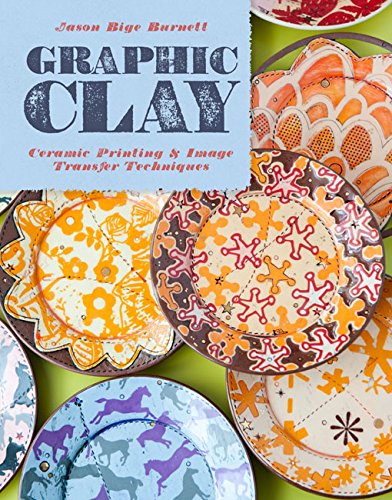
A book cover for Graphic Clay: Ceramic Surfaces & Printed Image Transfer Techniques; Jason Bige Burnett; Crafts, Hobbies & Home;